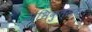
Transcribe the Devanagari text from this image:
अभिकुत्सन